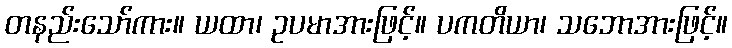
တနည်းသော်ကား။ ယထာ၊ ဥပမာအားဖြင့်။ ပကတိယာ၊ သဘောအားဖြင့်။